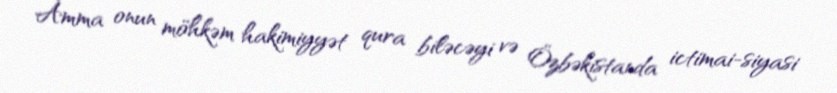
Amma onun möhkəm hakimiyyət qura biləcəyi və Özbəkistanda ictimai-siyasi